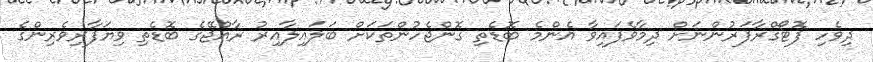
ދިވެހި ފޮޓޯގްރާފަރުންނަށް ދިމާވެފައިވާ އެންމެ ބޮޑެތި ގޮންޖެހުންތަކަށް ބަލައިލާއިރު ރާއްޖޭގެ ބޮޑެތި ވިޔަފާރިވެރިންގެ